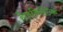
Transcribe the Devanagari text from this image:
हैलनिस्टिक